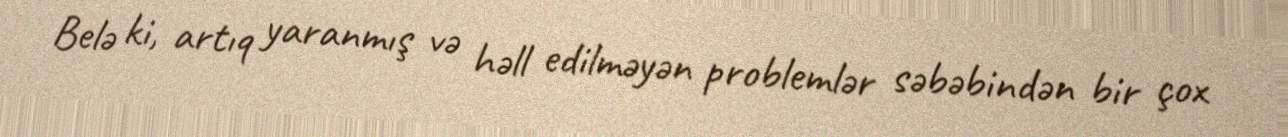
Belə ki, artıq yaranmış və həll edilməyən problemlər səbəbindən bir çox